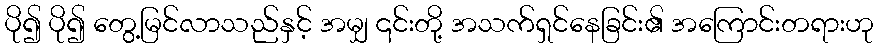
ပို၍ ပို၍ တွေ့မြင်လာသည်နှင့် အမျှ ၎င်းတို့ အသက်ရှင်နေခြင်း၏ အကြောင်းတရားဟု